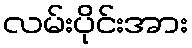
လမ်းပိုင်းအား